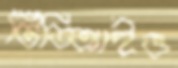
টিডিআইও